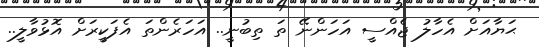
ޙަޔާއަށް އެހާލު ޖެއްސީ އަހަންނޭ ތަ ތިބުނީ.. އަހަރެންތަ އެފަކީރަށް އޮޅުވާލީ..